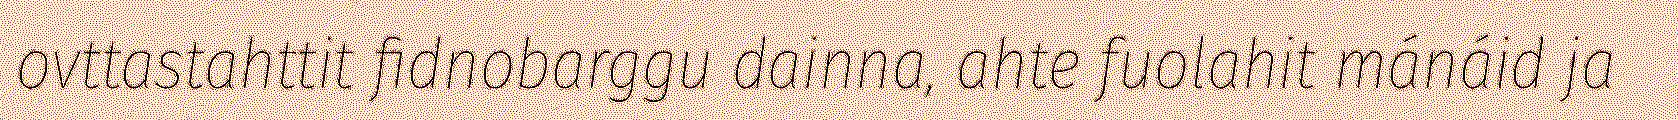
ovttastahttit fidnobarggu dainna, ahte fuolahit mánáid ja